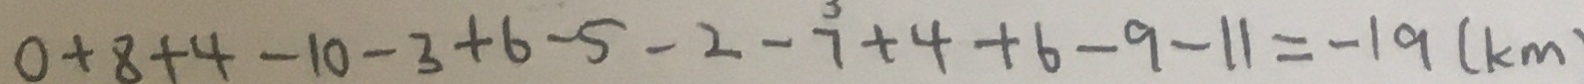
0 + 8 + 4 - 1 0 - 3 + 6 - 5 - 2 - 7 + 4 + 6 - 9 - 1 1 = - 1 9 ( k m )